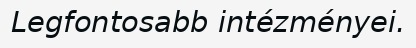
Legfontosabb intézményei.